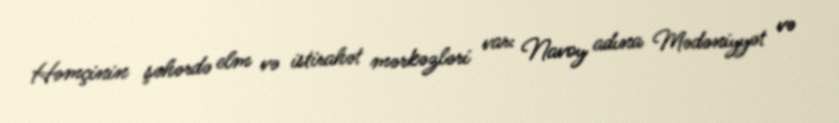
Həmçinin şəhərdə elm və istirahət mərkəzləri var: Navoy adına Mədəniyyət və